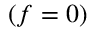
( \boldsymbol { f } = \boldsymbol { 0 } )